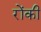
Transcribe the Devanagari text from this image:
रोंकी